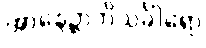
အာနေဉ္ဇာဘိသင်္ခါရော